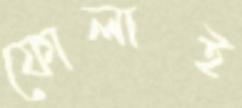
ফোলাই